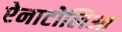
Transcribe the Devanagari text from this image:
ऐनाटोलिआ